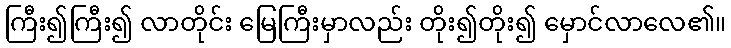
ကြီး၍ကြီး၍ လာတိုင်း မြေကြီးမှာလည်း တိုး၍တိုး၍ မှောင်လာလေ၏။